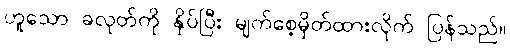
ဟူသော ခလုတ်ကို နှိပ်ပြီး မျက်စေ့မှိတ်ထားလိုက် ပြန်သည်။